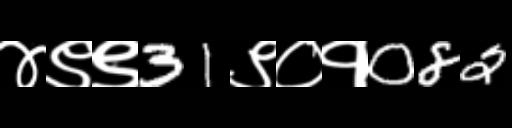
Text: ४९९31९०१082